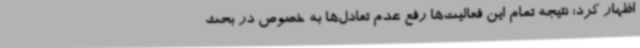
اظهار کرد: نتیجه تمام این فعالیت‌ها رفع عدم تعادل‌ها به خصوص در بحث